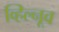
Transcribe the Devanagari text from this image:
व्हिल्नूव